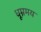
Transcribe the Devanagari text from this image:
धूम्रमय